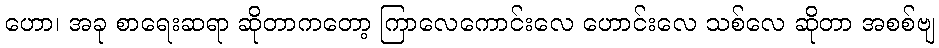
ဟော၊ အခု စာရေးဆရာ ဆိုတာကတော့ ကြာလေကောင်းလေ ဟောင်းလေ သစ်လေ ဆိုတာ အစစ်ဗျ